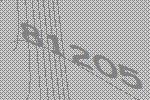
81205